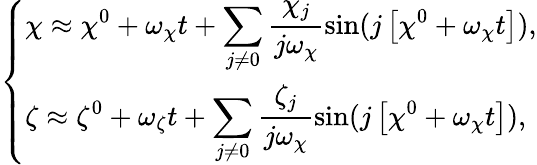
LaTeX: \begin{array}{r}{\left\{ \begin{array}{l}{\displaystyle\chi\approx\chi^{0}+\omega_{\chi}t+\sum_{j\ne 0}\frac{\chi_{j}}{j\omega_{\chi}}\sin(j\left[\chi^{0}+\omega_{\chi}t\right]),}\\ {\displaystyle\zeta\approx\zeta^{0}+\omega_{\zeta}t+\sum_{j\ne 0}\frac{\zeta_{j}}{j\omega_{\chi}}\sin(j\left[\chi^{0}+\omega_{\chi}t\right]),}\end{array}\right.}\end{array}